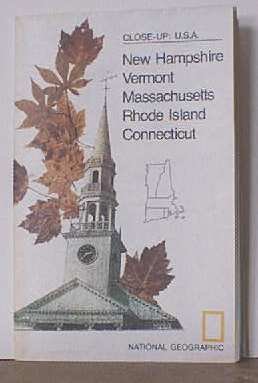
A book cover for CLOSE-UP: U.S.A. -- NEW HAMPSHIRE, VERMONT, MASSACHUSETTS, RHODE ISLAND, CONNECTICUT. Full-color National Geographic Map. 1975.; National Geographic; Travel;